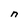
Character: n